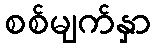
စစ်မျက်နှာ